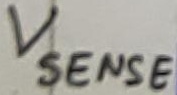
Text: Vsense